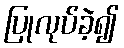
ပြုလုပ်ခဲ့၍